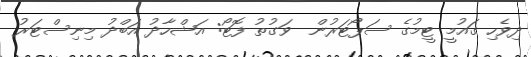
ދިވެހި ގައުމީ ޓީމުގެ ސަޕޯޓަރުން  ވަގުތު ފޮޓޯ: އަޝްހާދު އަބްދު މިނިސްޓަރު